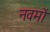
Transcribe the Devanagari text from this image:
नवमों